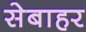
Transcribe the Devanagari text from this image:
सेबाहर